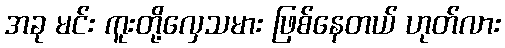
အခု မင်း ကူးတို့လှေသမား ဖြစ်နေတယ် ဟုတ်လား